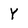
Character: Y